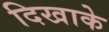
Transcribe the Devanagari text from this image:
दिखाके